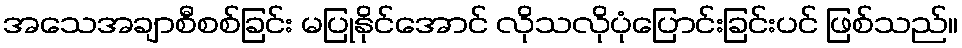
အသေအချာစီစစ်ခြင်း မပြုနိုင်အောင် လိုသလိုပုံပြောင်းခြင်းပင် ဖြစ်သည်။